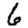
Digit: 6